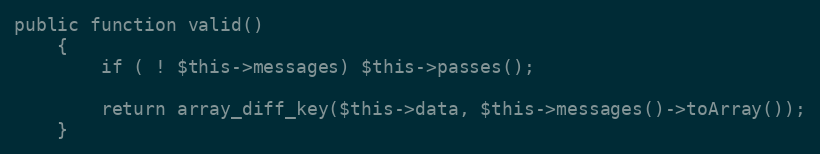
Language: PHP
public function valid()
	{
		if ( ! $this->messages) $this->passes();

		return array_diff_key($this->data, $this->messages()->toArray());
	}